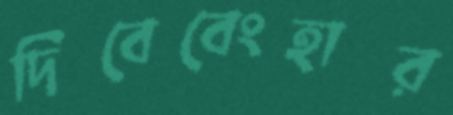
দিবেবেংহার